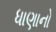
ધાણાનો